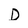
Character: D